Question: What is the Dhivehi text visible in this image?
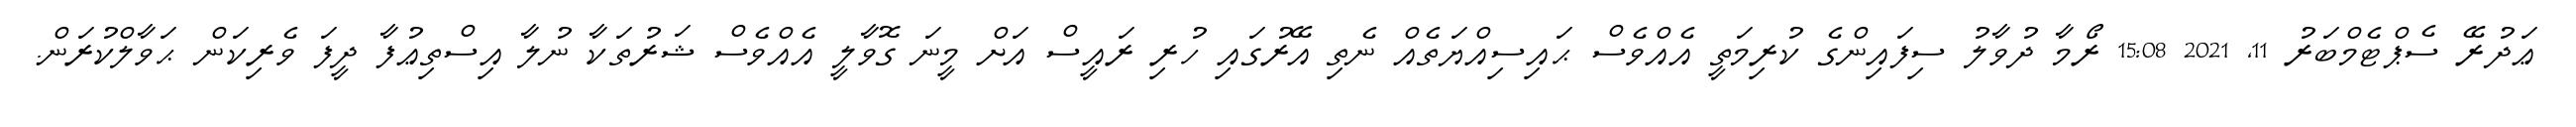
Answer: ޢަދުރޭ ސެޕްޓެމްބަރު 11, 2021 15:08 ރޯމާ ދުވާލު ސިފައިންގެ ކުރިމަތީ އެއްވެސް ޙައިސިއްޔަތެއް ނެތި އޭރުގައި ހުރި ރައީސް އަށް މީނަ ގޮވާލީ އެއްވެސް ޝަރުތަކާ ނުލާ އިސްތިޢުފާ ދީފަ ވެރިކަން ޙަވާލްކުރަން.